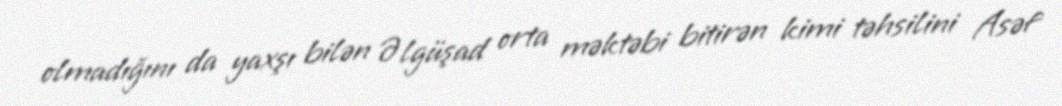
olmadığını da yaxşı bilən Əlgüşad orta məktəbi bitirən kimi təhsilini Asəf